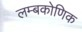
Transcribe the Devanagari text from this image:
लम्बकोणिक